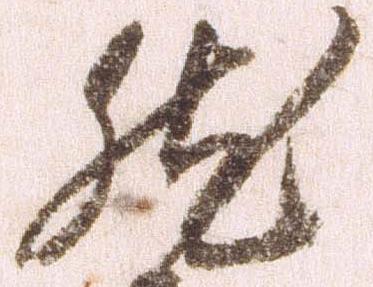
然